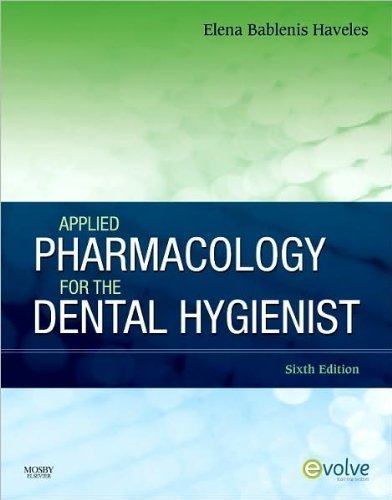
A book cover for Elena Bablenis Haveles BS Pharm Pharm D's Applied Pharmacology 6th (Sixth) edition(Applied Pharmacology for the Dental Hygienist [Paperback])(2010); Elena Bablenis Haveles BS Pharm Pharm D; Medical Books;